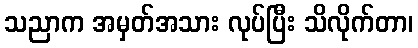
သညာက အမှတ်အသား လုပ်ပြီး သိလိုက်တာ၊